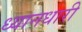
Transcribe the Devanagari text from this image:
ध्यानधारी